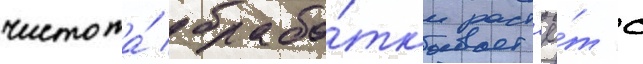
чистота́ обрабо́тк'и раст'ё́т с